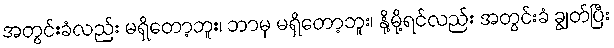
အတွင်းခံလည်း မရှိတော့ဘူး၊ ဘာမှ မရှိတော့ဘူး၊ နို့မို့ရင်လည်း အတွင်းခံ ချွတ်ပြီး